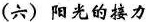
(六)阳光的接力